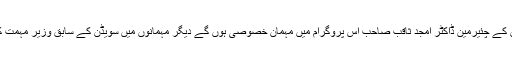
اخوت فاونڈیشن کے چئیرمین ڈاکٹر امجد ثاقب صاحب اس پروگرام میں مہمان خصوصی ہوں گے دیگر مہمانوں میں سویڈن کے سابق وزیر مہمت کپلان ہوں گے۔